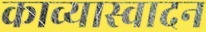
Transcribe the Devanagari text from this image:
काव्यास्वादन